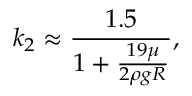
k _ { 2 } \approx { \frac { 1 . 5 } { 1 + { \frac { 1 9 \mu } { 2 \rho g R } } } } ,